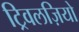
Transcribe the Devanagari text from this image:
ट्रिवलज़ियो